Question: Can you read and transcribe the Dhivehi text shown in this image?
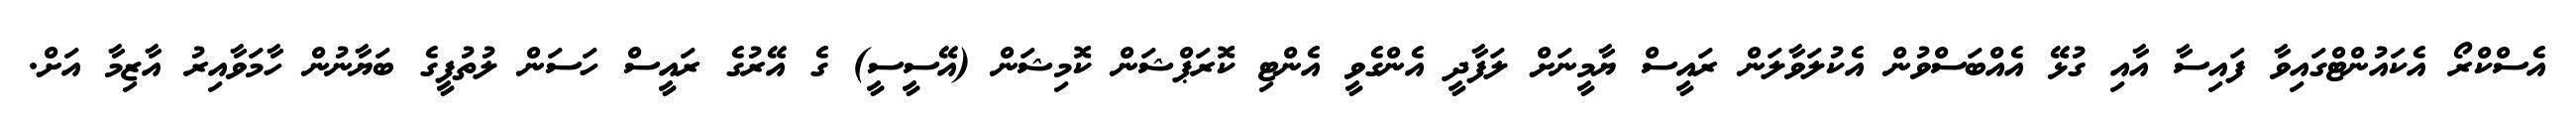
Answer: އެސްކްރޯ އެކައުންޓްގައިވާ ފައިސާ އާއި ގުޅޭ އެއްބަސްވުން އެކުލަވާލަން ރައީސް ޔާމީނަށް ލަފާދީ އެންގެވީ އެންޓި ކޮރަޕްޝަން ކޮމިޝަން (އޭސީސީ) ގެ އޭރުގެ ރައީސް ހަސަން ލުތުފީގެ ބަޔާނުން ހާމަވާއިރު އާޒިމާ އަށް.